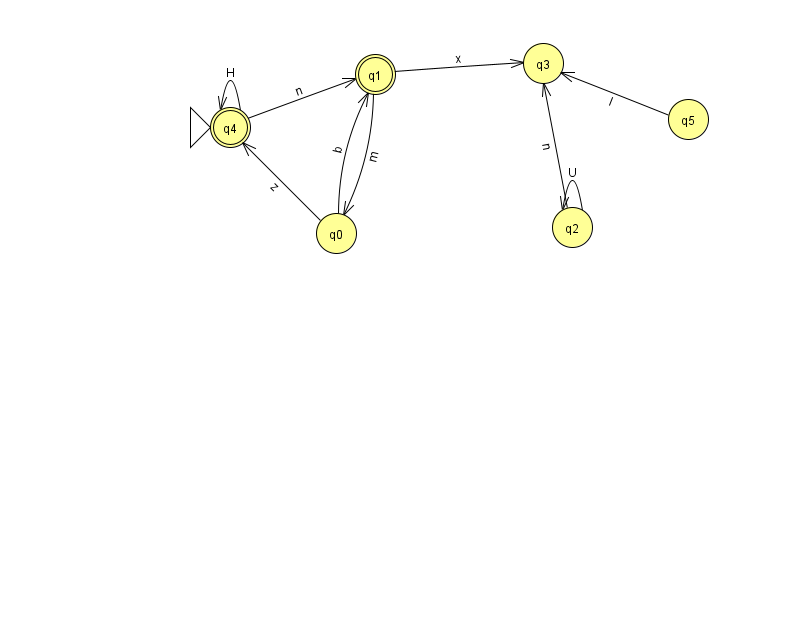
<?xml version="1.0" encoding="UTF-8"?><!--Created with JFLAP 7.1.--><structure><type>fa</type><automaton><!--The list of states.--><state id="0" name="q0"><x>336.0</x><y>220.0</y></state><state id="1" name="q1"><x>375.0</x><y>61.0</y><final/></state><state id="2" name="q2"><x>572.0</x><y>214.0</y></state><state id="3" name="q3"><x>543.0</x><y>50.0</y></state><state id="4" name="q4"><x>230.0</x><y>114.0</y><initial/><final/></state><state id="5" name="q5"><x>688.0</x><y>106.0</y></state><!--The list of transitions.--><transition><from>1</from><to>3</to><read>x</read></transition><transition><from>4</from><to>1</to><read>n</read></transition><transition><from>0</from><to>4</to><read>z</read></transition><transition><from>2</from><to>2</to><read>U</read></transition><transition><from>0</from><to>1</to><read>b</read></transition><transition><from>1</from><to>0</to><read>m</read></transition><transition><from>4</from><to>4</to><read>H</read></transition><transition><from>5</from><to>3</to><read>I</read></transition><transition><from>2</from><to>3</to><read>n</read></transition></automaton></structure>